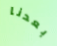
بعدنا